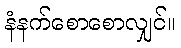
နံနက်စောစောလျှင်။